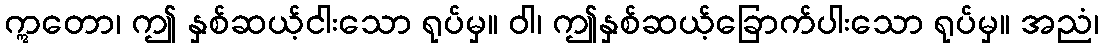
ဣတော၊ ဤ နှစ်ဆယ့်ငါးသော ရုပ်မှ။ ဝါ၊ ဤနှစ်ဆယ့်ခြောက်ပါးသော ရုပ်မှ။ အညံ၊